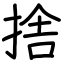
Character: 捨